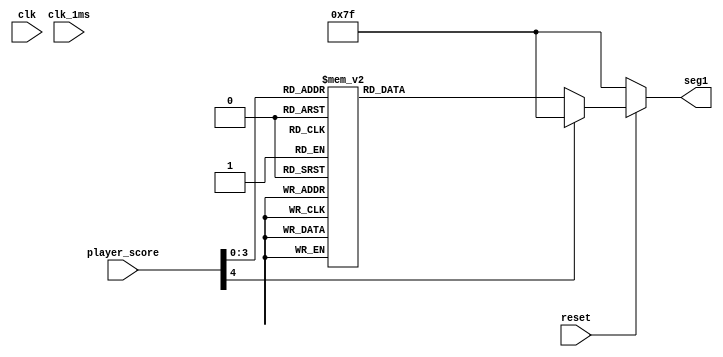
module score (
	input clk, clk_1ms, reset,
	input [4:0] player_score,
	output reg [6:0] seg1
	);
	
	always @ (*)
	begin
	if (!reset)
	begin
		seg1 = 7'b1111111;
	end
	else 
	begin
		case (player_score)
			4'h0 : seg1 = 7'b1000000;  // 0
			4'h1 : seg1 = 7'b1111001;  // 1
			4'h2 : seg1 = 7'b0100100;  // 2
			4'h3 : seg1 = 7'b0110000;  // 3
			4'h4 : seg1 = 7'b0011001;  // 4
			4'h5 : seg1 = 7'b0010010;  // 5
			4'h6 : seg1 = 7'b0000010;  // 6
			4'h7 : seg1 = 7'b1111000;  // 7
			4'h8 : seg1 = 7'b0000000;  // 8
			4'h9 : seg1 = 7'b0010000;  // 9
			default : seg1 = 7'b1111111;
		endcase
		
	end
	end

endmodule